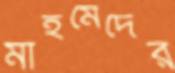
মাহমেদের